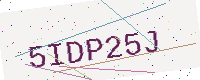
Text: 5IDP25J